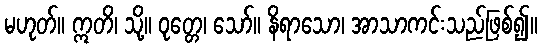
မဟုတ်။ ဣတိ၊ သို့။ ဝုတ္တေ၊ သော်။ နိရာသော၊ အာသာကင်းသည်ဖြစ်၍။